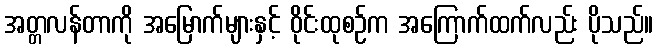
အတ္တလန်တာကို အမြောက်များနှင့် ဝိုင်းထုစဉ်က အကြောက်ထက်လည်း ပိုသည်။